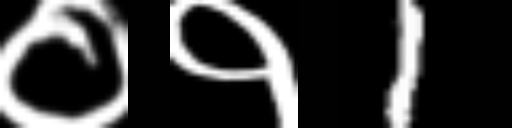
Text: ०१1